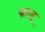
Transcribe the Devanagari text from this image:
ज़ाज़ू